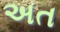
અત